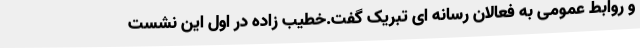
و روابط عمومی به فعالان رسانه ای تبریک گفت.خطیب زاده در اول این نشست